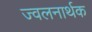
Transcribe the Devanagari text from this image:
ज्वलनार्थक